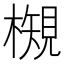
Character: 𭬉